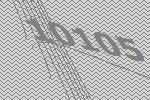
10105